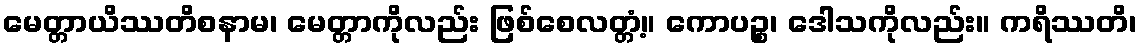
မေတ္တာယိဿတိစနာမ၊ မေတ္တာကိုလည်း ဖြစ်စေလတ္တံ့။ ကောပဉ္စ၊ ဒေါသကိုလည်း။ ကရိဿတိ၊